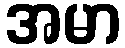
အမာ